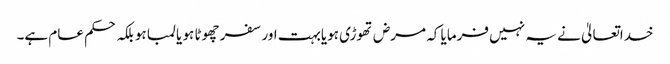
خداتعالیٰ نے یہ نہیں فرمایا کہ مرض تھوڑی ہویابہت اور سفر چھوٹا ہو یا لمبا ہو بلکہ حکم عام ہے۔